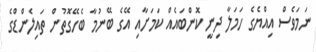
ނަމަވެސް އިއްޔެގެ ހަމަލާ ދިނީ ކޮންބައެއް ކަމަށާއި އޭގެ ބޭނުމާ ބެހޭގޮތުން ތައިލެންޑްގެ